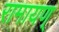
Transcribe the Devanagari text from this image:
रामायण्